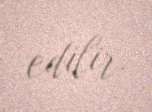
edilir.